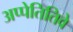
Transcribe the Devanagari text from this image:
अप्पेतितिवे